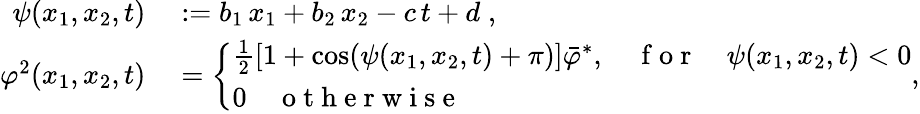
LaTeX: \begin{array}{rl}{\psi(x_{1},x_{2},t)}&{{}:=b_{1}\, x_{1}+b_{2}\, x_{2}-c\, t+d\; ,}\\ {\varphi^{2}(x_{1},x_{2},t)}&{{}=\left\{ \begin{array}{ll}{\frac{1}{2}\left[1+\cos(\psi(x_{1},x_{2},t)+\pi)\right]\bar{\varphi}^{*},\quad\mathrm{~f~o~r~}\quad\psi(x_{1},x_{2},t)<0}\\ {0\quad\mathrm{~o~t~h~e~r~w~i~s~e~}}\end{array}\right.,}\end{array}